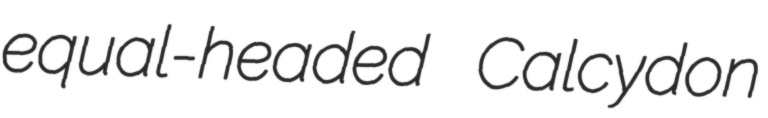
equal-headed Calcydon